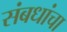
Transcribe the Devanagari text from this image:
संबधांचा